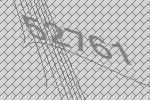
52761